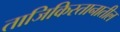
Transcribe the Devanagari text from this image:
ताजिकिस्तानातील